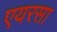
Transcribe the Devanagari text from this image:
एयरसा